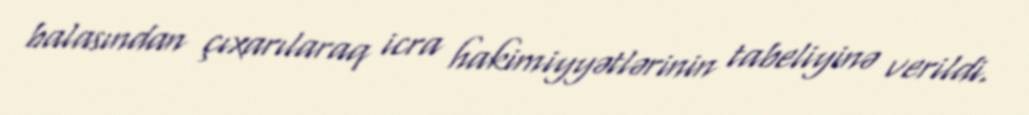
balasından çıxarılaraq icra hakimiyyətlərinin tabeliyinə verildi.